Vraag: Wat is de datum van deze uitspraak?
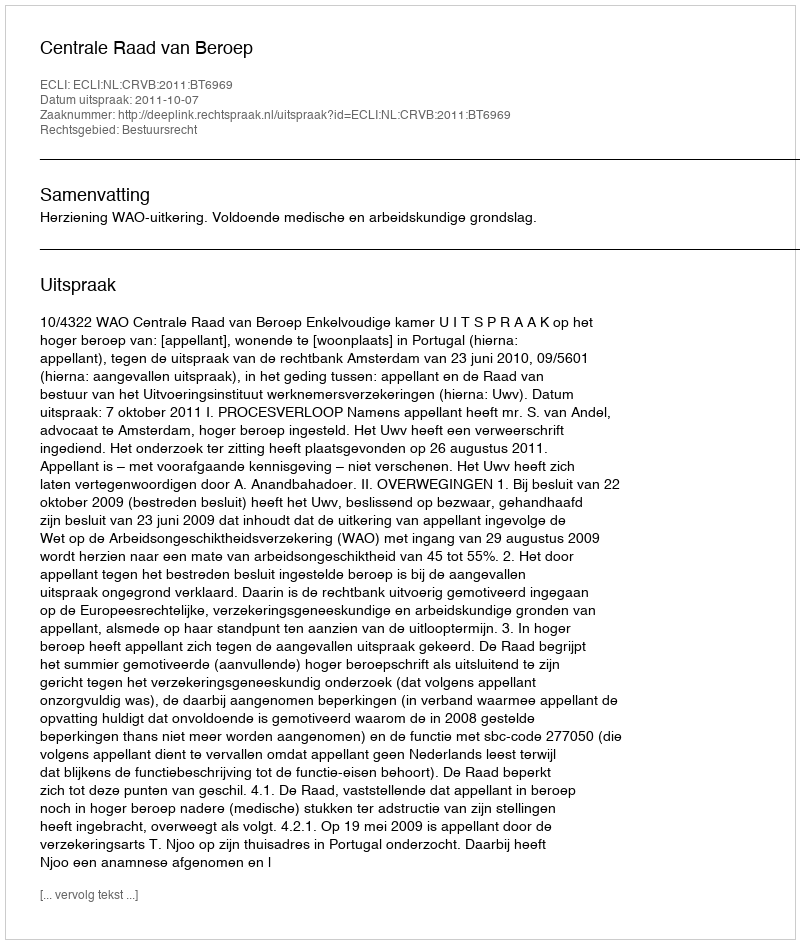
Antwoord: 2011-10-07